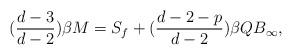
LaTeX: \begin{align*}(\frac{d-3}{d-2}) \beta M = S_{f} + (\frac{d-2-p}{d-2}) \beta QB_{\infty},\end{align*}